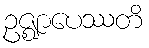
ဥဇ္ဈာပေဿတိ